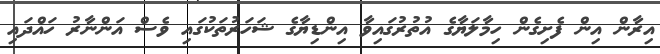
އިރާން އިން ފެށިގެން ހިމާލަޔާގެ އުތުރުގައިވާ އިންޑިޔާގެ ޝަހަރުތަކުގައި ވެސް އަންނާރު ހައްދައި